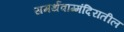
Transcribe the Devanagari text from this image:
समर्थवाग्मंदिरातील